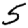
Digit: 5